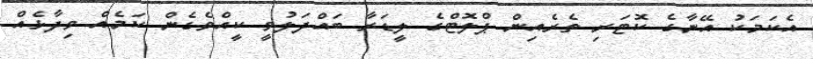
އެކަމަކު އޭނާގެ ކޮޓަރި ތެރެއިން ޕްލޮޓްގެ ލީޑަރާ ބައްދަލުވީ ކީއްވެގެން ކަމެއް ވިދާޅެއް